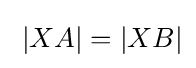
\;|XA|=|XB|